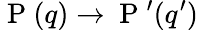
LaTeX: \mathrm{~P~}(q)\rightarrow\mathrm{~P~}^{\prime}(q^{\prime})